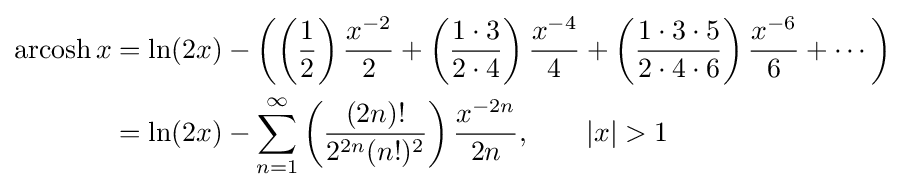
{\begin{aligned}\operatorname {arcosh} x&=\ln(2x)-\left(\left({\frac {1}{2}}\right){\frac {x^{-2}}{2}}+\left({\frac {1\cdot 3}{2\cdot 4}}\right){\frac {x^{-4}}{4}}+\left({\frac {1\cdot 3\cdot 5}{2\cdot 4\cdot 6}}\right){\frac {x^{-6}}{6}}+\cdots \right)\\&=\ln(2x)-\sum _{n=1}^{\infty }\left({\frac {(2n)!}{2^{2n}(n!)^{2}}}\right){\frac {x^{-2n}}{2n}},\qquad \left|x\right|>1\end{aligned}}